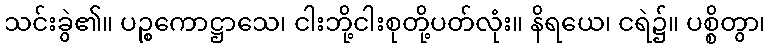
သင်းခွဲ၏။ ပဉ္စကောဋ္ဌာသေ၊ ငါးဘို့ငါးစုတို့ပတ်လုံး။ နိရယေ၊ ငရဲ၌။ ပစ္စိတွာ၊